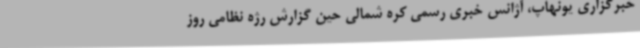
خبرگزاری یونهاپ، آژانس خبری رسمی کره شمالی حین گزارش رژه نظامی روز